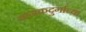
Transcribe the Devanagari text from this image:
कनकदुर्गाच्या